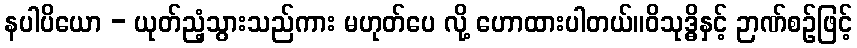
နပါပိယော - ယုတ်ညံ့သွားသည်ကား မဟုတ်ပေ လို့ ဟောထားပါတယ်။ဝိသုဒ္ဓိနှင့် ဉာဏ်စဉ်ဖြင့်